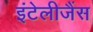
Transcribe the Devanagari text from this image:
इंटेलीजैंस